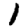
Digit: 1